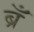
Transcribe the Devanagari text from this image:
ब्रँ